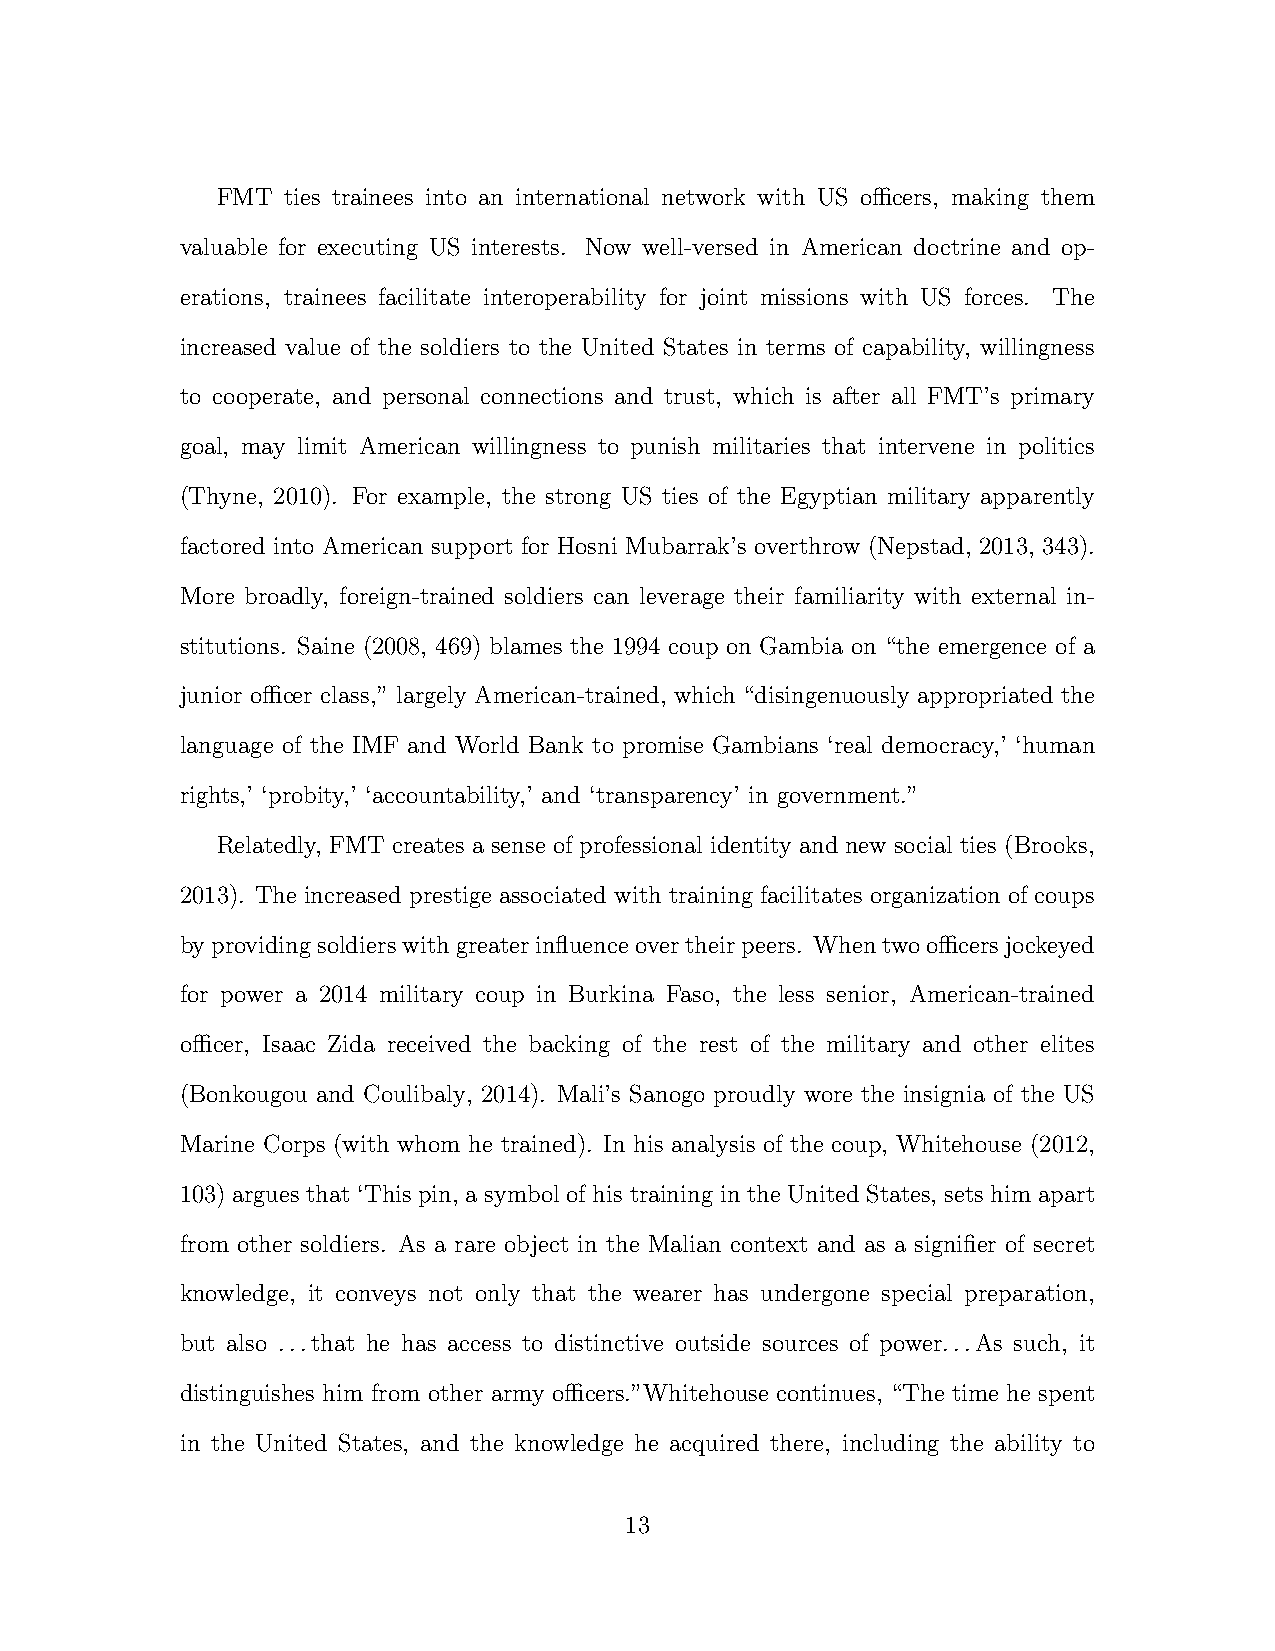
FMT  ties trainees into an international network with US ocers, making them
 valuable for executing US interests. Now well-versed in American doctrine and op-
 erations, trainees facilitate interoperability for joint missions with US forces. The
 increased value of the soldiers to the United States in terms of capability, willingness
 to cooperate, and personal connections and trust, which is after all FMT’s primary
 goal, may limit American willingness to punish militaries that intervene in politics
 (Thyne, 2010). For example, the strong US ties of the Egyptian military apparently
 factored into American support for Hosni Mubarrak’s overthrow (Nepstad, 2013, 343).
 More broadly, foreign-trained soldiers can leverage their familiarity with external in-
 stitutions. Saine (2008, 469) blames the 1994 coup on Gambia on “the emergence of a
 junior ocer class,” largely American-trained, which “disingenuously appropriated the
 language of the IMF and World Bank to promise Gambians ‘real democracy,’ ‘human
 rights,’ ‘probity,’ ‘accountability,’ and ‘transparency’ in government.”
 Relatedly, FMT creates a sense of professional identity and new social ties (Brooks,
 2013). The increased prestige associated with training facilitates organization of coups
 byprovidingsoldierswithgreaterinfluenceovertheirpeers. Whentwoocersjockeyed
 for power a 2014 military coup in Burkina Faso, the less senior, American-trained
 ocer, Isaac Zida received the backing of the rest of the military and other elites
 (Bonkougou and Coulibaly, 2014). Mali’s Sanogo proudly wore the insignia of the US
 Marine Corps (with whom he trained). In his analysis of the coup, Whitehouse (2012,
 103) argues that ‘This pin, a symbol of his training in the United States, sets him apart
 from other soldiers. As a rare object in the Malian context and as a signifier of secret
 knowledge, it conveys not only that the wearer has undergone special preparation,
 but also ...that he has access to distinctive outside sources of power...As such, it
 distinguishes him from other army ocers.”Whitehouse continues, “The time he spent
 in the United States, and the knowledge he acquired there, including the ability to
 13